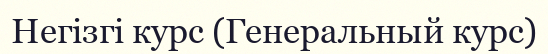
Негізгі курс (Генеральный курс)